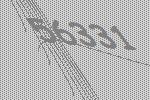
56331